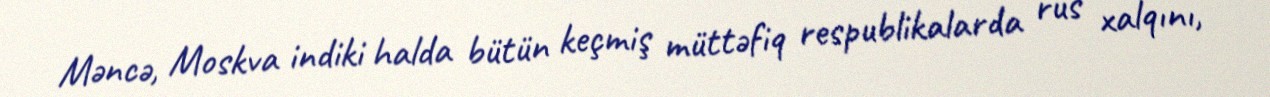
Məncə, Moskva indiki halda bütün keçmiş müttəfiq respublikalarda rus xalqını,